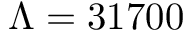
\Lambda = 3 1 7 0 0